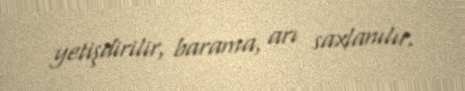
yetişdirilir, barama, arı saxlanılır.